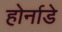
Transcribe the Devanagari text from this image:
होर्नाडे